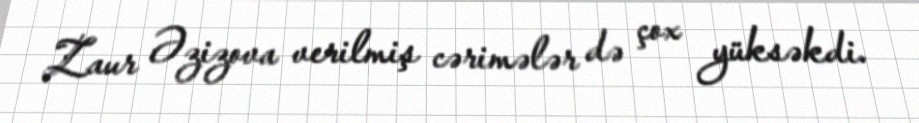
Zaur Əzizova verilmiş cərimələr də çox yüksəkdi.